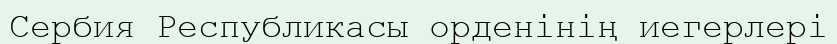
Сербия Республикасы орденінің иегерлері